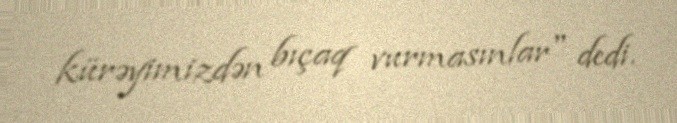
kürəyimizdən bıçaq vurmasınlar" dedi.